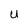
Character: U